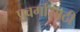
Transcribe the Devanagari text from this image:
प्रवर्गासाठी